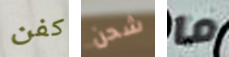
كفن شحن ما